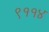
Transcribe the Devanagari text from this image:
९११४